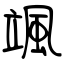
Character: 颯